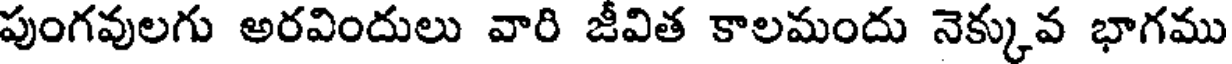
పుంగవులగు అరవిందులు వారి జీవిత కాలమందు నెక్కువ భాగము